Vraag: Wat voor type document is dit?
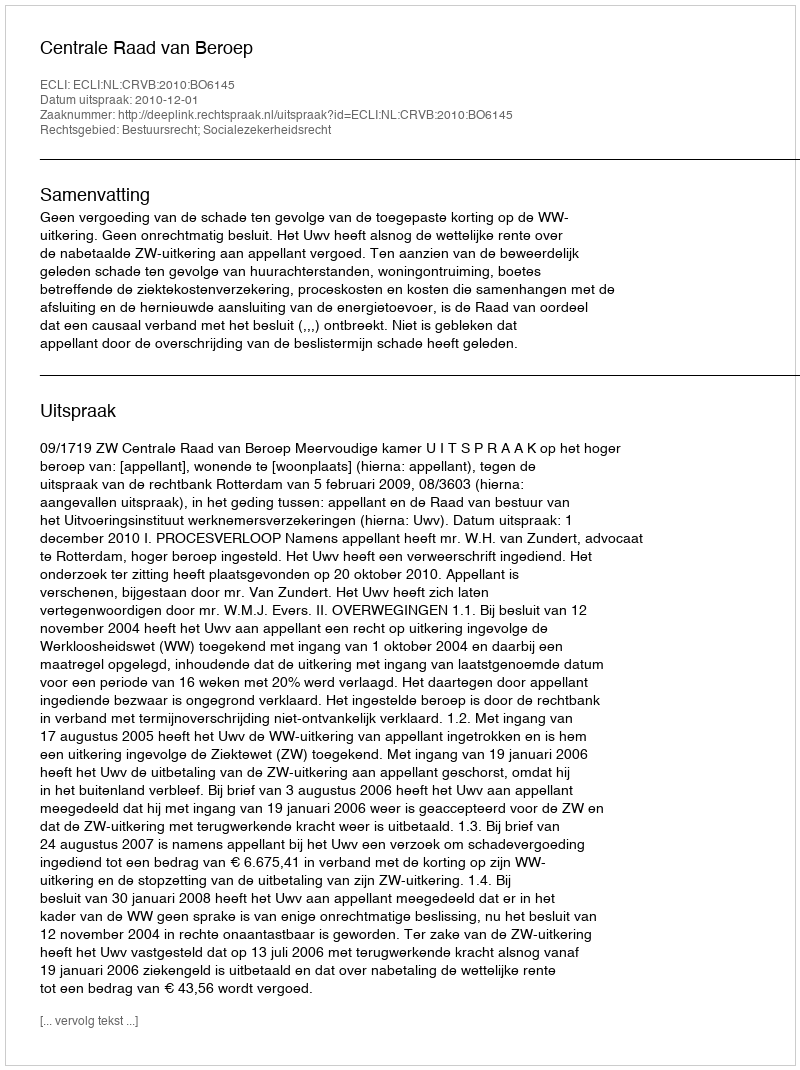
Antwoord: Uitspraak